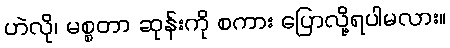
ဟဲလို၊ မစ္စတာ ဆုန်းကို စကား ပြောလို့ရပါမလား။